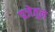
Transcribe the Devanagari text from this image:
प्रजेतून